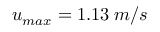
u _ { m a x } = 1 . 1 3 \; m / s